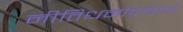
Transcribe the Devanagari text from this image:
नीतिधर्माप्रमाणे